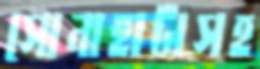
সোনাহাটাসহ